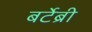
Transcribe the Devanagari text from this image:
बर्टेब्री